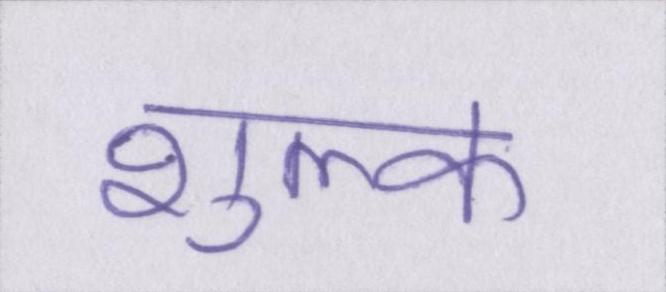
शुल्क